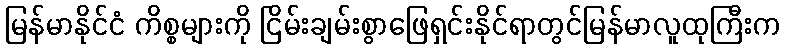
မြန်မာနိုင်ငံ ကိစ္စများကို ငြိမ်းချမ်းစွာဖြေရှင်းနိုင်ရာတွင်မြန်မာလူထုကြီးက